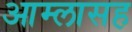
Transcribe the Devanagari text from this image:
आम्लासह